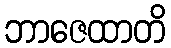
ဘာဇေထာတိ